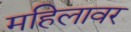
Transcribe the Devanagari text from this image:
महिलावर